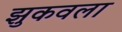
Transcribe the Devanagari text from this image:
झुकवला